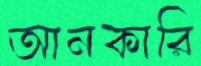
আনকারি